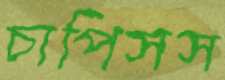
চাপিসস